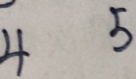
4 5